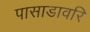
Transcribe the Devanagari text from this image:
पासाडावरि